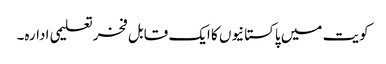
کویت میں پاکستانیوں کا ایک قابل فخرتعلیمی ادارہ۔